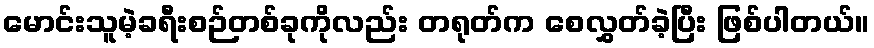
မောင်းသူမဲ့ခရီးစဉ်တစ်ခုကိုလည်း တရုတ်က စေလွှတ်ခဲ့ပြီး ဖြစ်ပါတယ်။